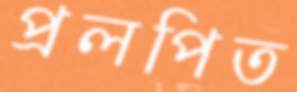
প্রলপিত